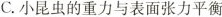
C.小昆虫的重力与表面张力平衡